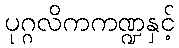
ပုဂ္ဂလိကကဏ္ဍနှင့်